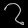
Digit: ၇